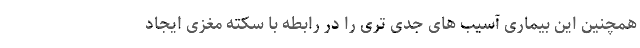
همچنین این بیماری آسیب های جدی تری را در رابطه با سکته مغزی ایجاد